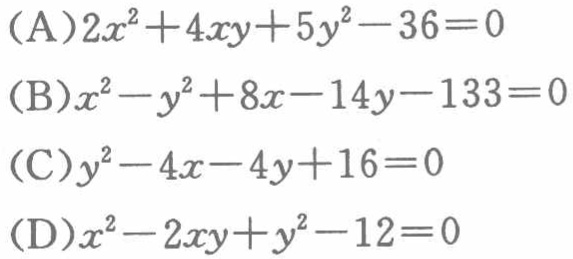
(A)$2x^{2}+4xy + 5y^{2}-36 = 0$
(B)$x^{2}-y^{2}+8x - 14y-133 = 0$
(C)$y^{2}-4x - 4y + 16 = 0$
(D)$x^{2}-2xy + y^{2}-12 = 0$